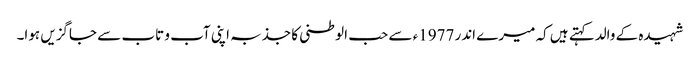
شہیدہ کے والدکہتے ہیں کہ میرے اندر 1977ء سے حب الوطنی کا جذبہ اپنی آب و تاب سے جاگزیں ہوا۔